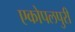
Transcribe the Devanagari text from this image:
एकोपलपुरी